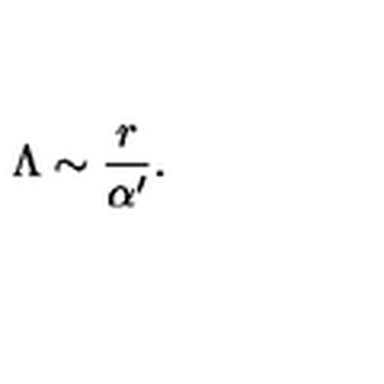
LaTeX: \Lambda \sim { \frac { r } { \alpha ^ { \prime } } } .